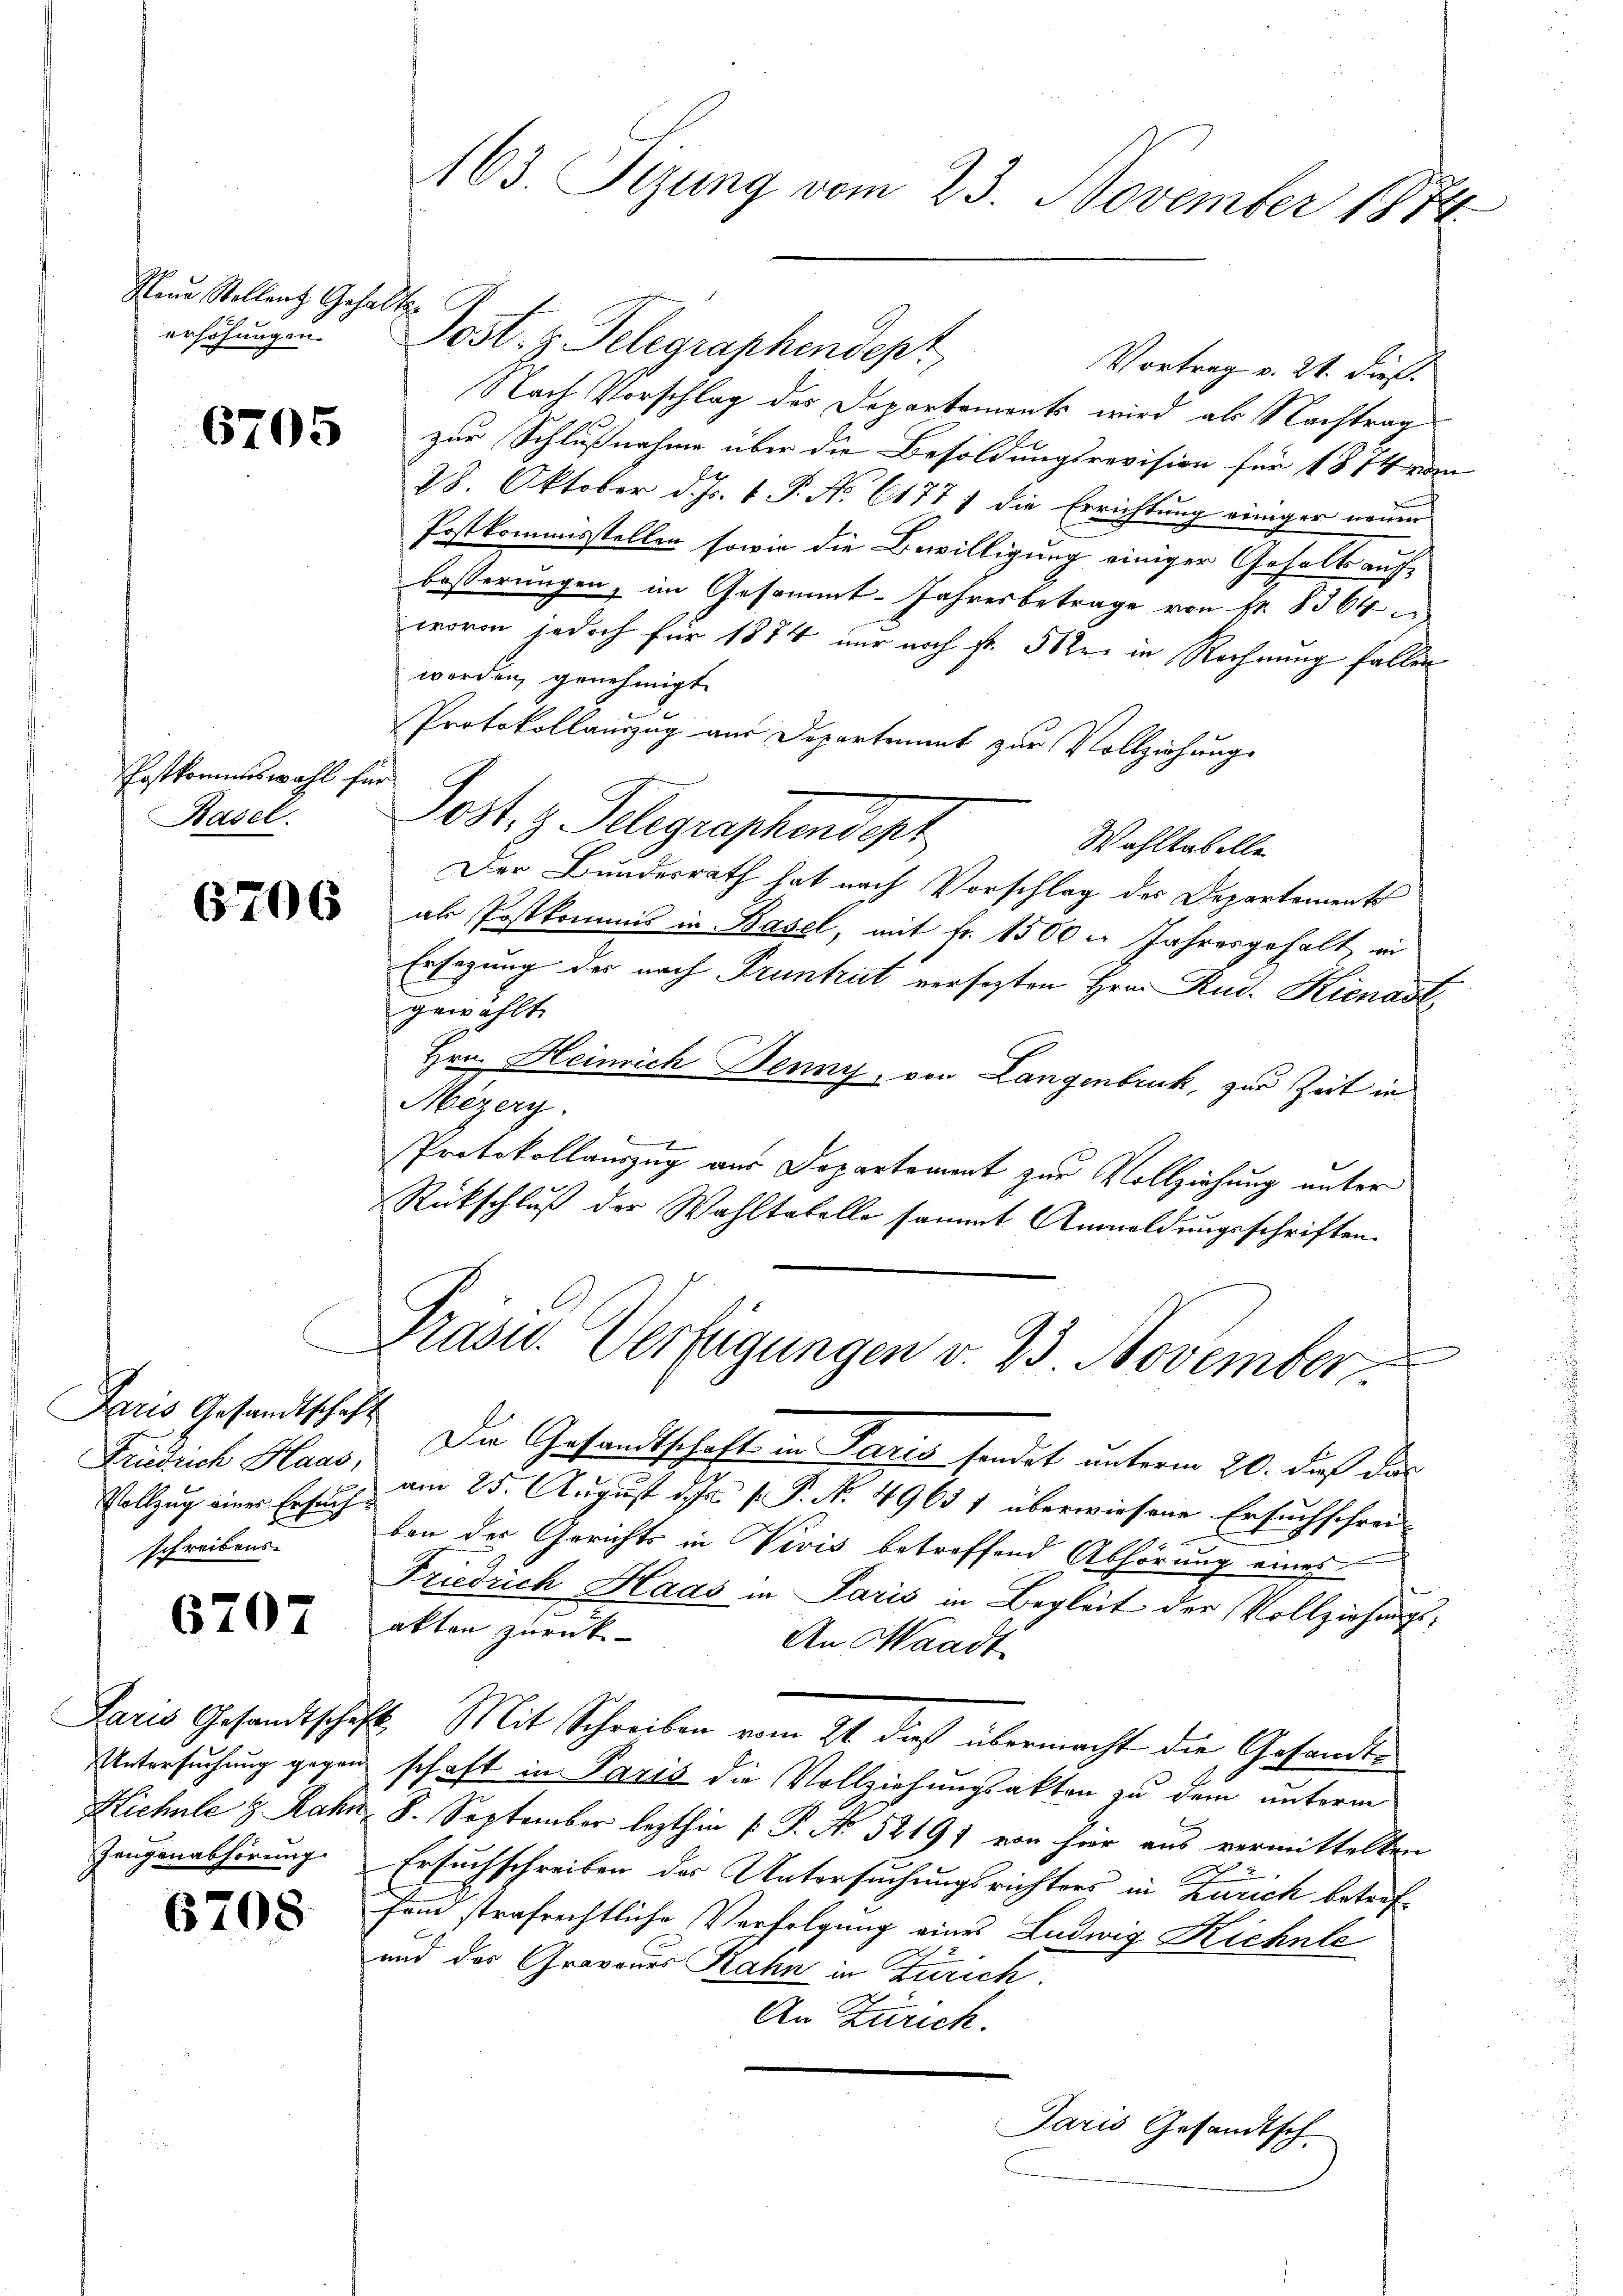
Neue Stollenz Gehalts-
erhöhungen.

Postkommiswahl für
Basel.

6706

Paris Gesandtschaft
Vollzug einer Ersuch
schreibens

6707

Zeugenabhörung.

6708.

Post. z. Telegraphendept
Vortrag v. 21. dieß.
Nach Vorschlag des Departements wird als Nachtrag
3 zur Schlußnahme über die Besoldungsrevision für 1874 von
28. Oktober d. Js. v. P. No. 6177) die Errichtung einiger neuen
Postkommisstellen sowie die Bewilligung einiger Gesells aufbesserungen, im Gesammt-Jahresbetrage von fr. 8364
wovon jedoch für 1874 nur noch fr. 502 in Rechnung fallen
werden, genehmigt.
Protokollauszug aus Departement zur Vollziehung.
Fest. g. Telegraphendept
Wahltabelle
Der Bundesrath hat nach Vorschlag des Departements
als Postkommis in Basel, mit fr. 1500 n Jahresgehalt, in
Ersezung der nach Pruntrut versezten Hrn. Rud. Kienast
gewählt
Hrn. Heinrich Denny, von Langenbruck, zur Zeit in
Mezery.
Protokollauszug aus Departement zur Vollziehung unter
Rückschluß der Wahltatelle sammt Anmeldungsschriften.
Präsid. Verfügungen v. 23. November
t
Da Gesandtschaft in Paris sondert unterm 20. dieß das
Friedrich Hand, am 25. August d. Js. f. P. N. 4963 1 überwiesene Ersuchschreiben der Gerichts in Vivis betreffend Abhörung eines
Friedrich Haas in Paris in Begleit der Vollziehungsakten zurück-
An Waadt
Paris Gesandtschaft. Mit Schreiben vom 21. daß übermacht die Gesandts
Untersuchung gegen schaft in Paris die Vollziehungsakten zu dem unterm
Hichnee z. Rahn, 8. September lezthin 1. P. No 52191 von hier aus vermittelten
Ersuchschreiben des Untersuchungsrichters in Zürich betreffend strafrechtliche Verfolgung eines Ludwig Richte
und der Gravaues Rahn in Zürich
An Zürich.
Jaris Gesandtsch

163. Sizung vom 23. November 1874